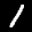
Label: 1